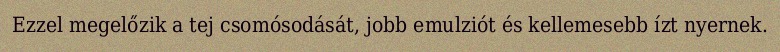
Ezzel megelőzik a tej csomósodását, jobb emulziót és kellemesebb ízt nyernek.